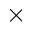
\times